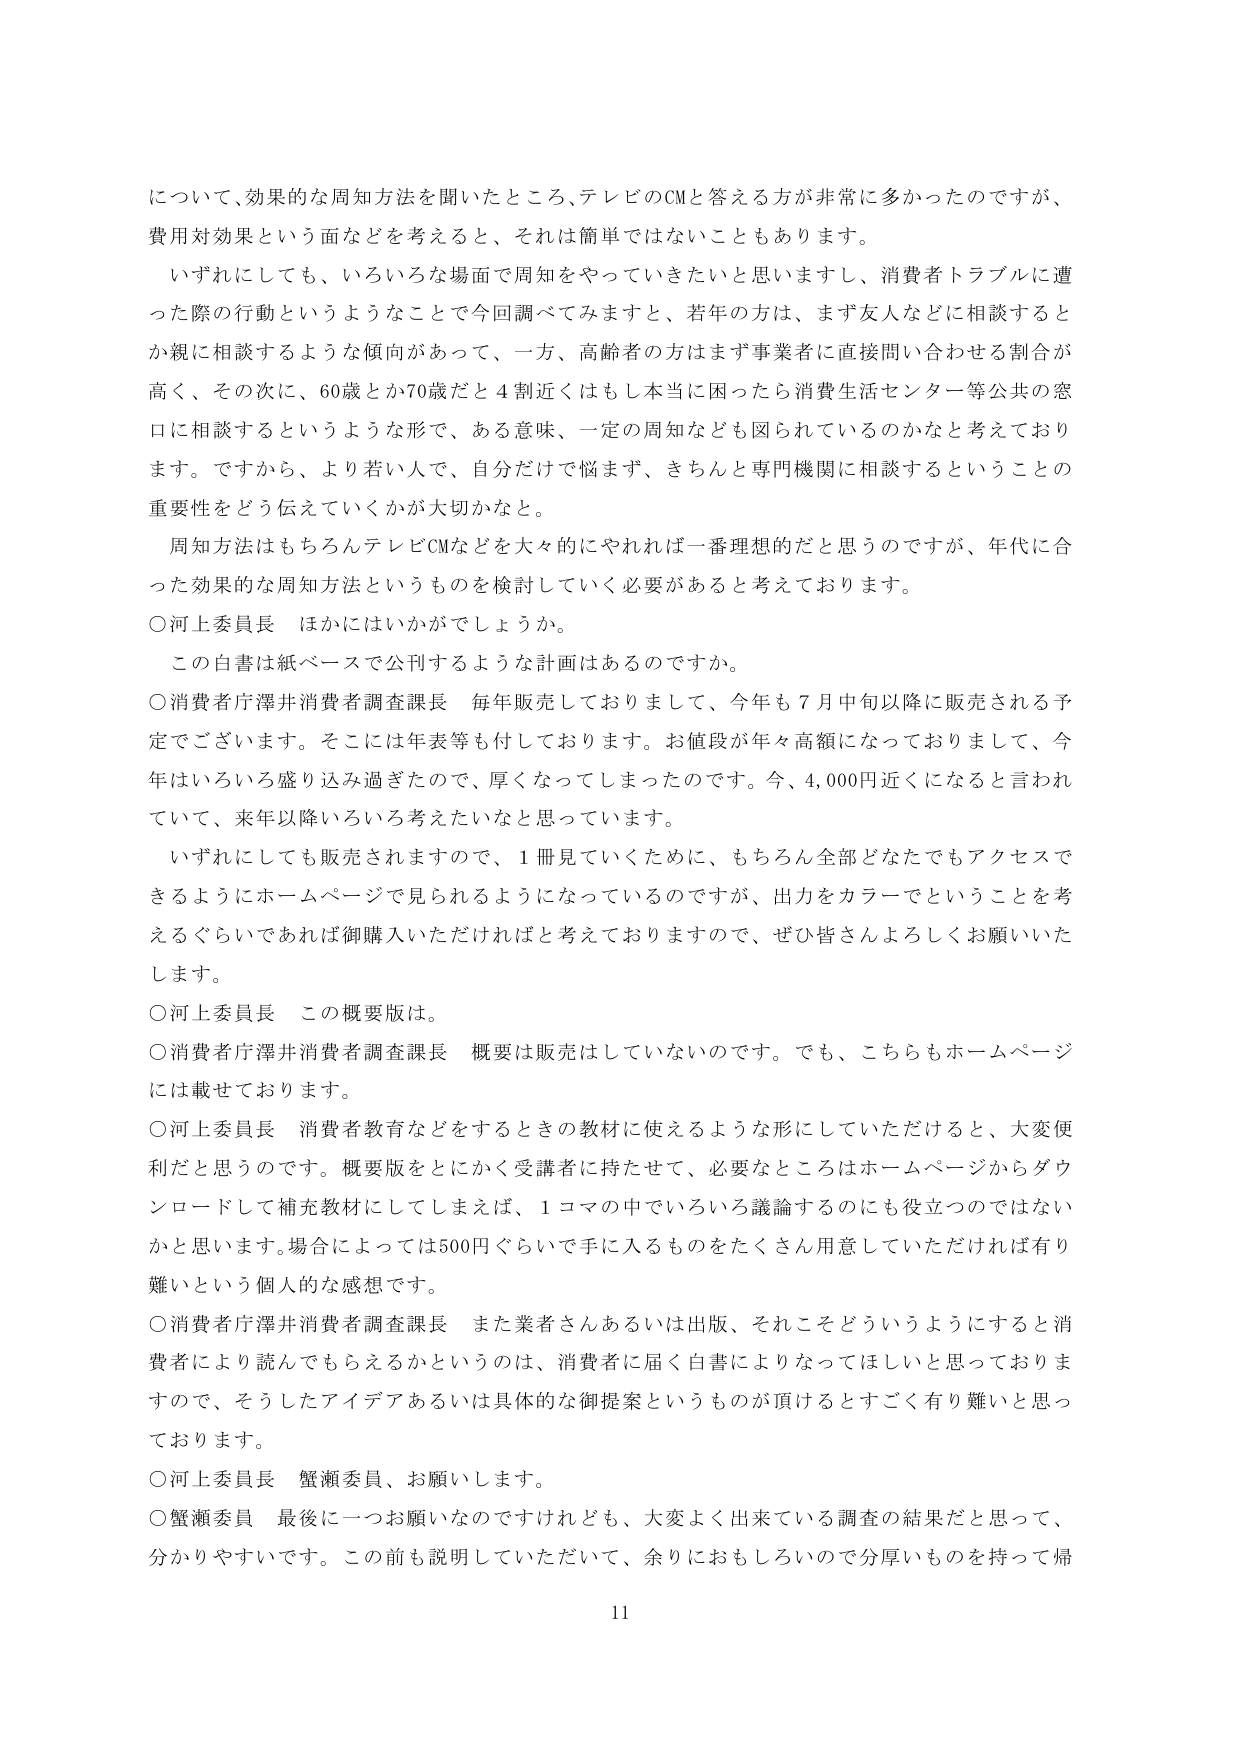
について、効果的な周知方法を聞いたところ、テレビのCMと答える方が非常に多かったのですが、
費用対効果という面などを考えると、それは簡単ではないこともあります。
いずれにしても、いろいろな場面で周知をやっていきたいと思いますし、消費者トラブルに遭
った際の行動というようなことで今回調べてみますと、若年の方は、まず友人などに相談すると
か親に相談するような傾向があって、一方、高齢者の方はまず事業者に直接問い合わせる割合が
高く、その次に、60歳とか70歳だと4割近くはもしどうか困ったら消費生活センター等公共の窓
口に相談するというような形で、ある意味、一定の周知なども図られているのかなと考えており
ます。ですから、より若い人で、自分だけで悩まず、きちんと専門機関に相談するということの
重要性をどう伝えていくかが大切かなと。
周知方法はもちろんテレビCMなどを大々的にやれば一番理想的だと思うのですが、年代に合
った効果的な周知方法というものを検討していく必要があると考えております。
○河上委員長　ほかにはいかがでしょうか。
この白書は紙ベースで公刊するような計画はあるのですか。
○消費者庁澤井消費者調査課長　毎年販売しておりまして、今年も7月中旬以降に販売される予
定でございます。そこには年表等も付しております。お値段が年々高額になっておりまして、今
年はいろいろ盛り込み過ぎたので、厚くなってしまったのです。今、4,000円近くになると言われ
ていて、来年以降いろいろ考えたいなと思っています。
いずれにしても販売されますので、1冊見ていくために、もちろん全部どなたでもアクセスで
きるようにホームページで見られるようになっているのですが、出力をカラーでということを考
えるぐらいであれば御購入いただければと考えておりますので、ぜひ皆さんよろしくお願いいた
します。
○河上委員長　この概要版は。
○消費者庁澤井消費者調査課長　概要は販売はしていないのです。でも、こちらもホームページ
には載せております。
○河上委員長　消費者教育などをするときの教材に使えるような形にしていただけると、大変便
利だと思うのです。概要版をとにかく受講者に持たせて、必要なところはホームページからダウ
ンロードして補充教材にしてしまえば、1コマの中でいろいろ議論するのにも役立つのではない
かと思います。場合によっては500円ぐらいで手に入るものをたくさん用意していただければ有り
難いという個人的な感想です。
○消費者庁澤井消費者調査課長　また業者さんあるいは出版、それこそどういうようにすると消
費者により読んでもらえるかというのは、消費者に届く白書によりなってほしいと思っておりま
すので、そうしたアイデアあるいは具体的な御提案というものが頂けるとすごく有り難いと思っ
ております。
○河上委員長　蟹瀬委員、お願いします。
○蟹瀬委員　最後に一つお願いなのですが、大変よく出来ている調査の結果だと思って、
分かりやすいです。この前も説明していただいて、余りにおもしろいので分厚いものを持って帰
11